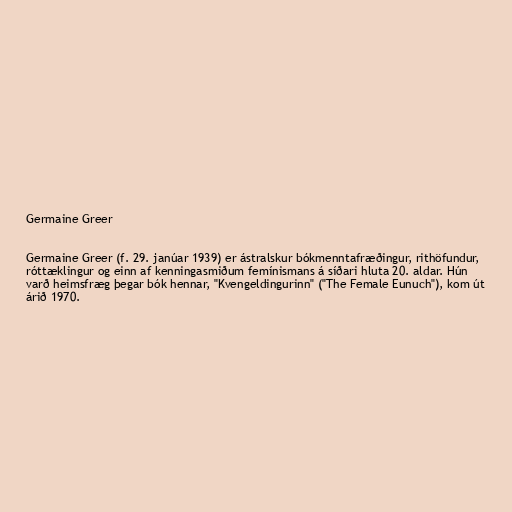
Germaine Greer

Germaine Greer (f. 29. janúar 1939) er ástralskur bókmenntafræðingur, rithöfundur,
róttæklingur og einn af kenningasmiðum femínismans á síðari hluta 20. aldar. Hún
varð heimsfræg þegar bók hennar, "Kvengeldingurinn" ("The Female Eunuch"), kom út
árið 1970.